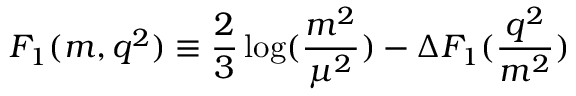
{ \cal F } _ { 1 } ( m , q ^ { 2 } ) \equiv \frac { 2 } { 3 } \log ( \frac { m ^ { 2 } } { \mu ^ { 2 } } ) - \Delta F _ { 1 } ( \frac { q ^ { 2 } } { m ^ { 2 } } )